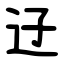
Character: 䢊